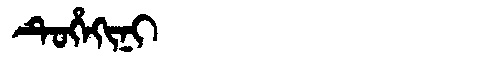
Manchu: ᡨᡠᡥᡝᡴᡳᠨᡳ
Romanization: TUHEKINI